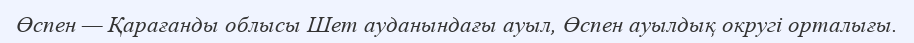
Өспен — Қарағанды облысы Шет ауданындағы ауыл, Өспен ауылдық округі орталығы.